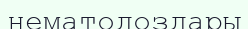
нематодоздары